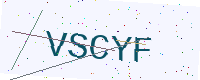
Text: VSCYF